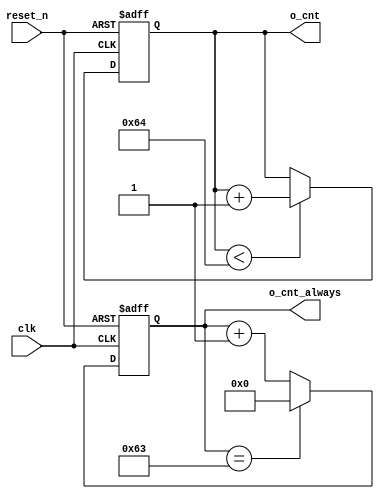
//////////////////////////////////////////////////////////////////////////////////
// Company: Personal
//
// Create Date:
// Design Name: 7 bit counter
// Module Name: counter_100
// Project Name:
// Target Devices:
// Tool Versions:
// Description: counting 0~99
//				
// Dependencies:
//
// Revision:
// Revision 0.01 - File Created
// Additional Comments:
//
//////////////////////////////////////////////////////////////////////////////////
 
`timescale 1ns / 1ps
module counter_100(
    input clk,
    input reset_n,
    output [6:0] o_cnt,
    output [6:0] o_cnt_always
    );
	reg [6:0] cnt;  // 100    overflow    7 bit  . 0~127 (2^7)
	always @(posedge clk or negedge reset_n) begin
	    if(!reset_n) begin
	        cnt <= 0;  // 0  counting .
	    end else if (cnt < 100) begin
	        cnt <= cnt + 1; // clock  postive edge  , counting  .
	    end
	    // 100    counting   .
	end
	assign o_cnt = cnt;

	reg [6:0] cnt_always;  // 100    overflow    7 bit  . 0~127 (2^7)
	always @(posedge clk or negedge reset_n) begin
	    if(!reset_n) begin
	        cnt_always <= 0;  // 0  counting .
	    end else if (cnt_always == 100-1) begin
	        cnt_always <= 0; // 99 -> 0
	    end else begin
	        cnt_always <= cnt_always + 1; // clock  postive edge  , counting  .
		end
	end
	assign o_cnt_always = cnt_always;

endmodule